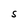
Character: S